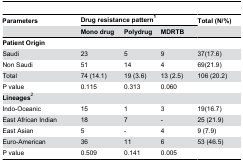
| Parameters | <COLSPAN=3> Drug resistance pattern1 | Total (N/%) |
 |  | Mono drug | Polydrug | MDRTB |  |
 | --- | --- | --- | --- | --- |
 | Patient Origin |  |  |  |  |
 | Saudi | 23 | 5 | 9 | 37(17.6) |
 | Non Saudi | 51 | 14 | 4 | 69(21.9) |
 | Total | 74 (14.1) | 19 (3.6) | 13 (2.5) | 106 (20.2) |
 | P value | 0.115 | 0.313 | 0.060 |  |
 | Lineages2 |  |  |  |  |
 | Indo-Oceanic | 15 | 1 | 3 | 19(16.7) |
 | East African Indian | 18 | 7 | - | 25 (21.9) |
 | East Asian | 5 | - | 4 | 9 (7.9) |
 | Euro-American | 36 | 11 | 6 | 53 (46.5) |
 | P value | 0.509 | 0.141 | 0.005 |  |